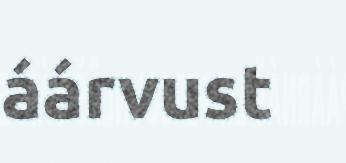
áárvust